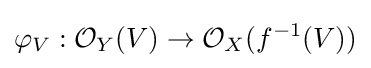
\varphi _{V}:{\mathcal {O}}_{Y}(V)\to {\mathcal {O}}_{X}(f^{-1}(V))